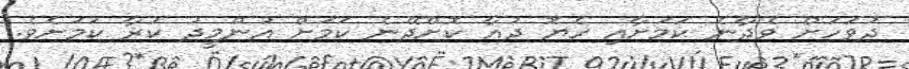
ދުވަހަށް ވެދާނެ ކަމަށާއި ހެޔޮ ދުއާ ކޮށްދޭނެ ކަމަށް އުންމީދު ކުރާ ކަމަށެވެ.